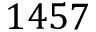
1 4 5 7